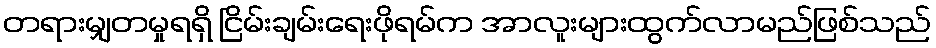
တရားမျှတမှုရရှိ ငြိမ်းချမ်းရေးဖိုရမ်က အာလူးများထွက်လာမည်ဖြစ်သည်